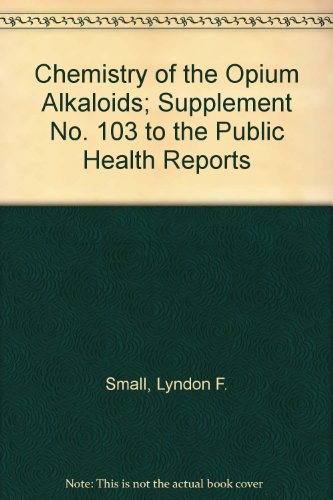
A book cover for Chemistry of the Opium Alkaloids; Supplement No. 103 to the Public Health Reports; Lyndon F. Small; Science & Math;